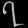
Digit: ၇